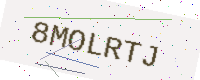
Text: 8MOLRTJ